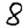
Digit: 8